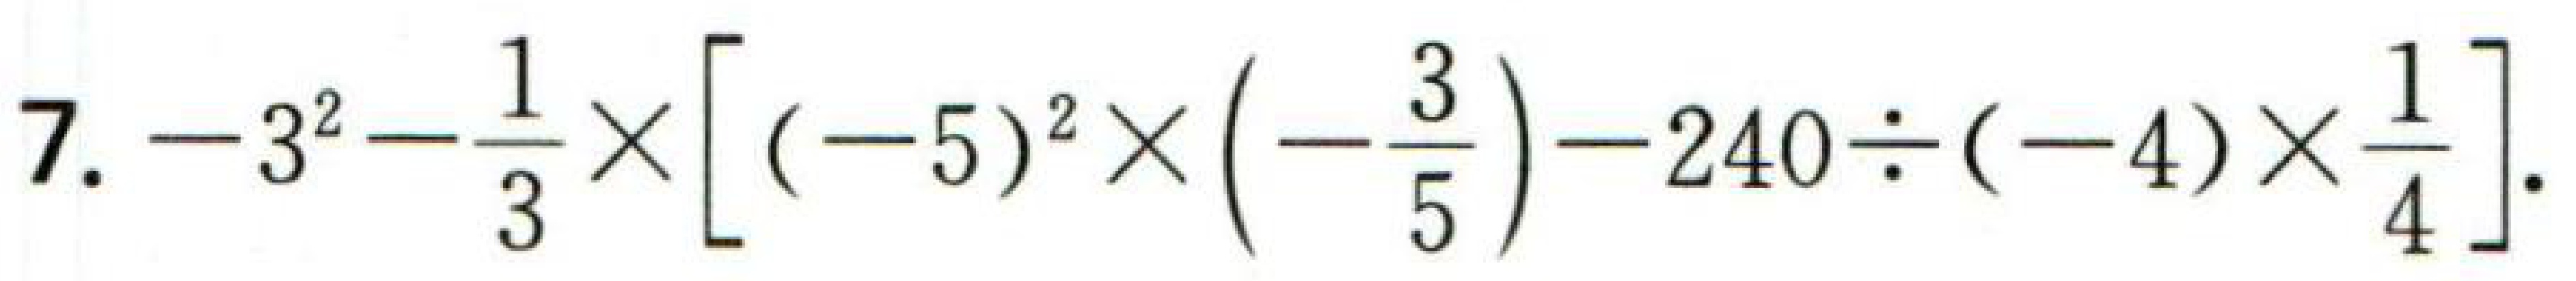
$7. - 3^{2}-\frac{1}{3}\times\left[(-5)^{2}\times\left(-\frac{3}{5}\right)-240\div(-4)\times\frac{1}{4}\right].$